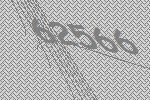
62566